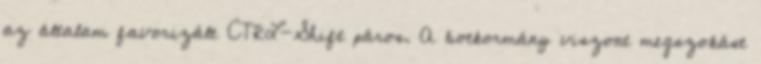
az általam favorizált CTRL-Shift páros. A botkormány viszont megszokást